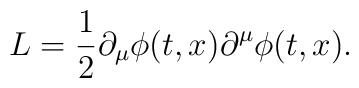
L={1\over 2}\partial_{\mu}\phi(t,x)\partial^{\mu}\phi(t,x).